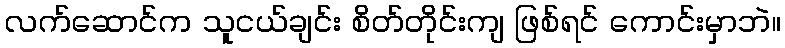
လက်ဆောင်က သူငယ်ချင်း စိတ်တိုင်းကျ ဖြစ်ရင် ကောင်းမှာဘဲ။